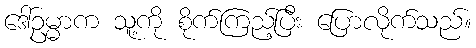
ဒေါ်ဥမ္မာက သူ့ကို စိုက်ကြည့်ပြီး ပြောလိုက်သည်။